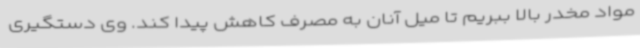
مواد مخدر بالا ببریم تا میل آنان به مصرف کاهش پیدا کند. وی دستگیری